Civil Veterinary Department Bihar reports 1936-40 - 1936-1940
Year: 1936
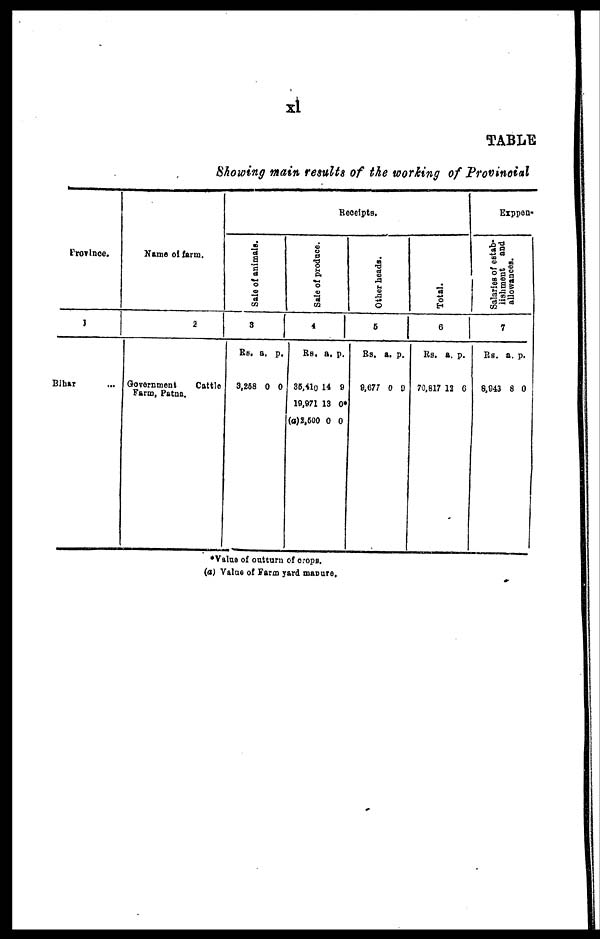
xl
TABLE
Showing main results of the working of Provincial
Province.
1
Bihar ...
Name of farm.
2
Government
Cattle
Farm, Patna.
Receipts.
Sale of animals.
3
Rs.
3,268
a.
0
p.
0
Sale of produce.
4
Rs.
35,410
19,971
(a) 2,500
a.
14
13
0
p.
9
0*
0
Other heads.
5
Rs.
9,677
a.
0
p.
0
Total.
6
Rs.
70,817
a.
12
p.
6
Exppen-
Sal ar i
es of estab-
lishment and
allowances.
7
Rs.
8,943
a.
8
p.
0
*Value of outturn of crops.
(a) Value of Farm yard manure.